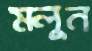
মলুন